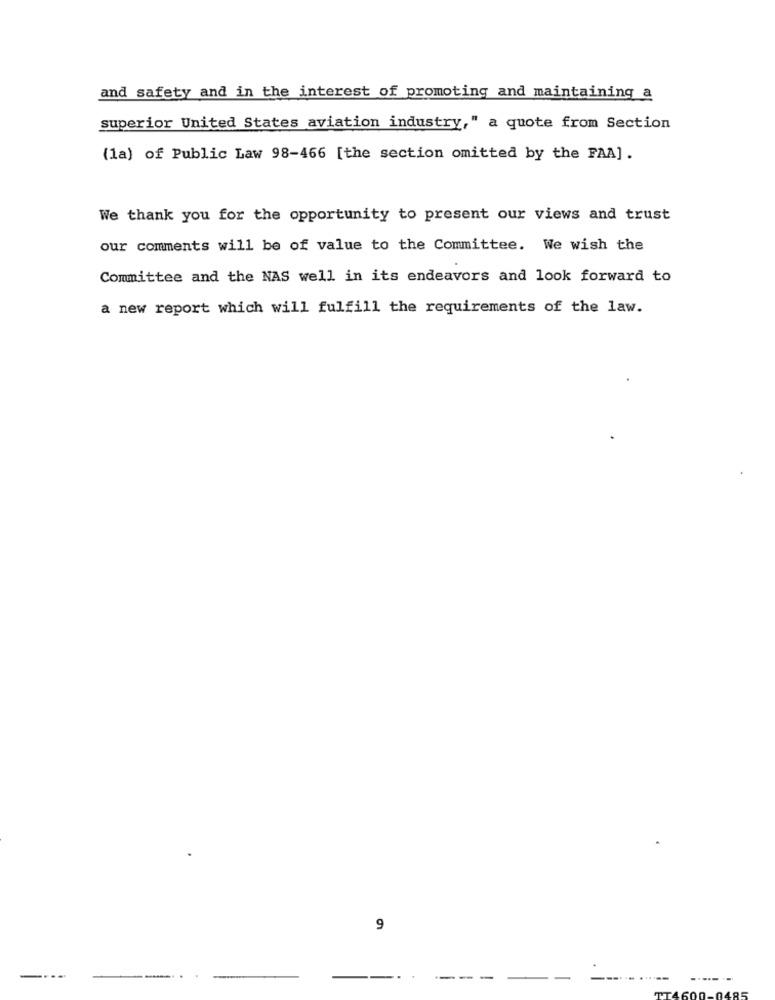
and safety and in the interest of promoting and maintaining a
superior United States aviation industry," a quote from Section
(1a) of Public Law 98-466 [the section omitted by the FAA] .
We thank you for the opportunity to present our views and trust
our comments will be of value to the Committee. We wish the
Committee and the NAS well in its endeavors and look forward to
a new report which will fulfill the requirements of the law.
9
---